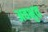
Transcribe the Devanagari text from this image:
अवभृत